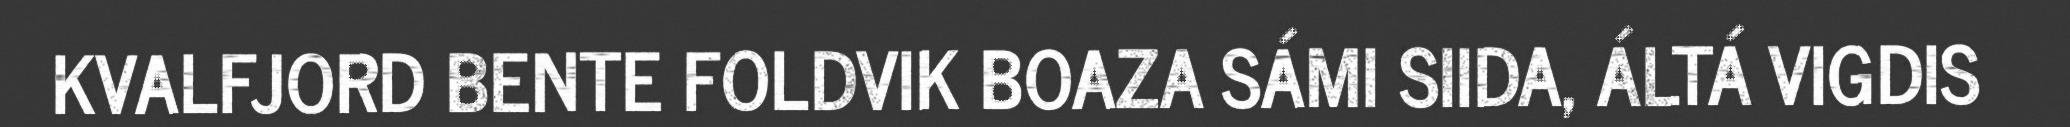
KVALFJORD BENTE FOLDVIK BOAZA SÁMI SIIDA, ÁLTÁ VIGDIS